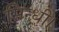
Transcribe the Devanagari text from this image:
सिन्धी।